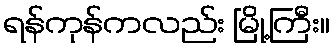
ရန်ကုန်ကလည်း မြို့ကြီး။